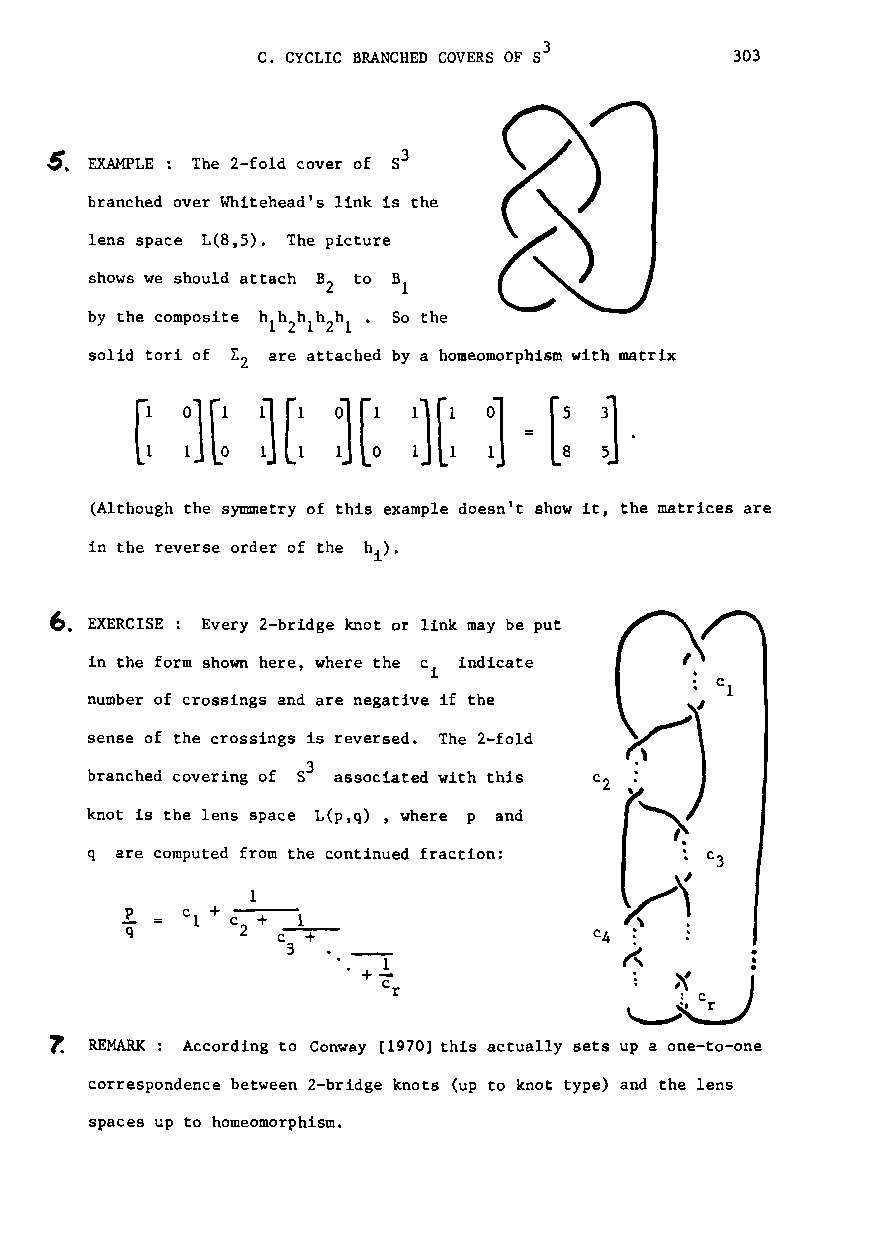
C. CYCLIC BRANCHED COVERS OF S3 303
 ~. EXAMPLE: The 2-fold cover of 83
 branched over Whitehead's link is the
 lens space L(8,5). The picture
 shows we should attach B to B
 2    1
 by the composite hlh2hlhZh1. So the
 solid tori of L are attached by a homeomorphism with matrix
 2
 e
 [: :][: J
 :1[: :)[: :1
 = [: :]
 (Although the symmetry of this example doesn't show it, the matrices are
 in the reverse order of the hi).
 ~. EXERCISE: Every 2-bridge knot or link may be put
 in the form shown here, where the c indicate
 i
 number of crossings and are negative if the
 sense of the crossings is reversed. The 2-fold
 3
 branched covering of 8 associated with this
 knot is the lens space L(p,q) , where p and
 q are computed from the continued fraction:
 C1 + c + 1
 2 c-+-
 3
 --1
 1
 +
 c                   '0':
 r
 : C
 ~.r
 l  REMARK: According to Conway [1970] this actually sets up a one-to-one
 correspondence between 2-bridge knots (up to knot type) and the lens
 spaces up to homeomorphism.